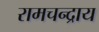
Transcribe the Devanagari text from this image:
रामचन्द्राय